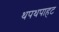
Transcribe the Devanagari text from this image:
थपथपाहट